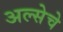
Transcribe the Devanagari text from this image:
अल्सेचे